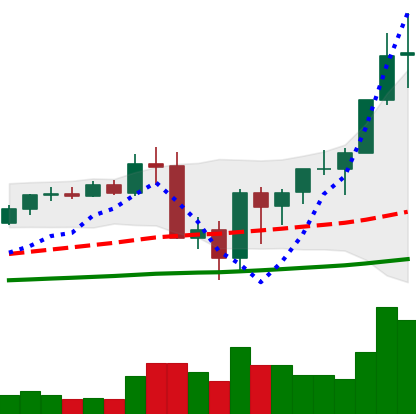
Ticker: BNB-USD
Chart end date: 2020-09-14
Forward return: -12.597%
Label: down_7plus